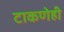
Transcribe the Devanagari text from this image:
टाकणेही